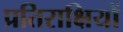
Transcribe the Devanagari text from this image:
प्रतिराक्षियों